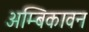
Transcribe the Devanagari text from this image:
अम्बिकावन